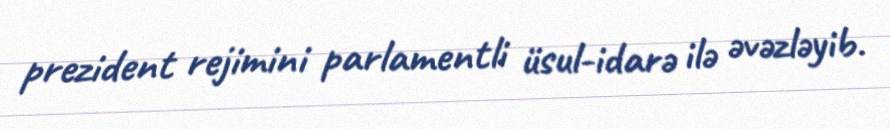
prezident rejimini parlamentli üsul-idarə ilə əvəzləyib.